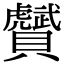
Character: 𧸾